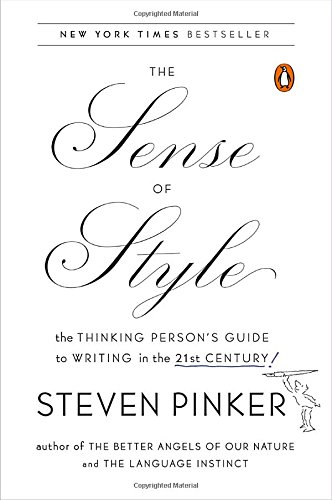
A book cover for The Sense of Style: The Thinking Person's Guide to Writing in the 21st Century; Steven Pinker; Reference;